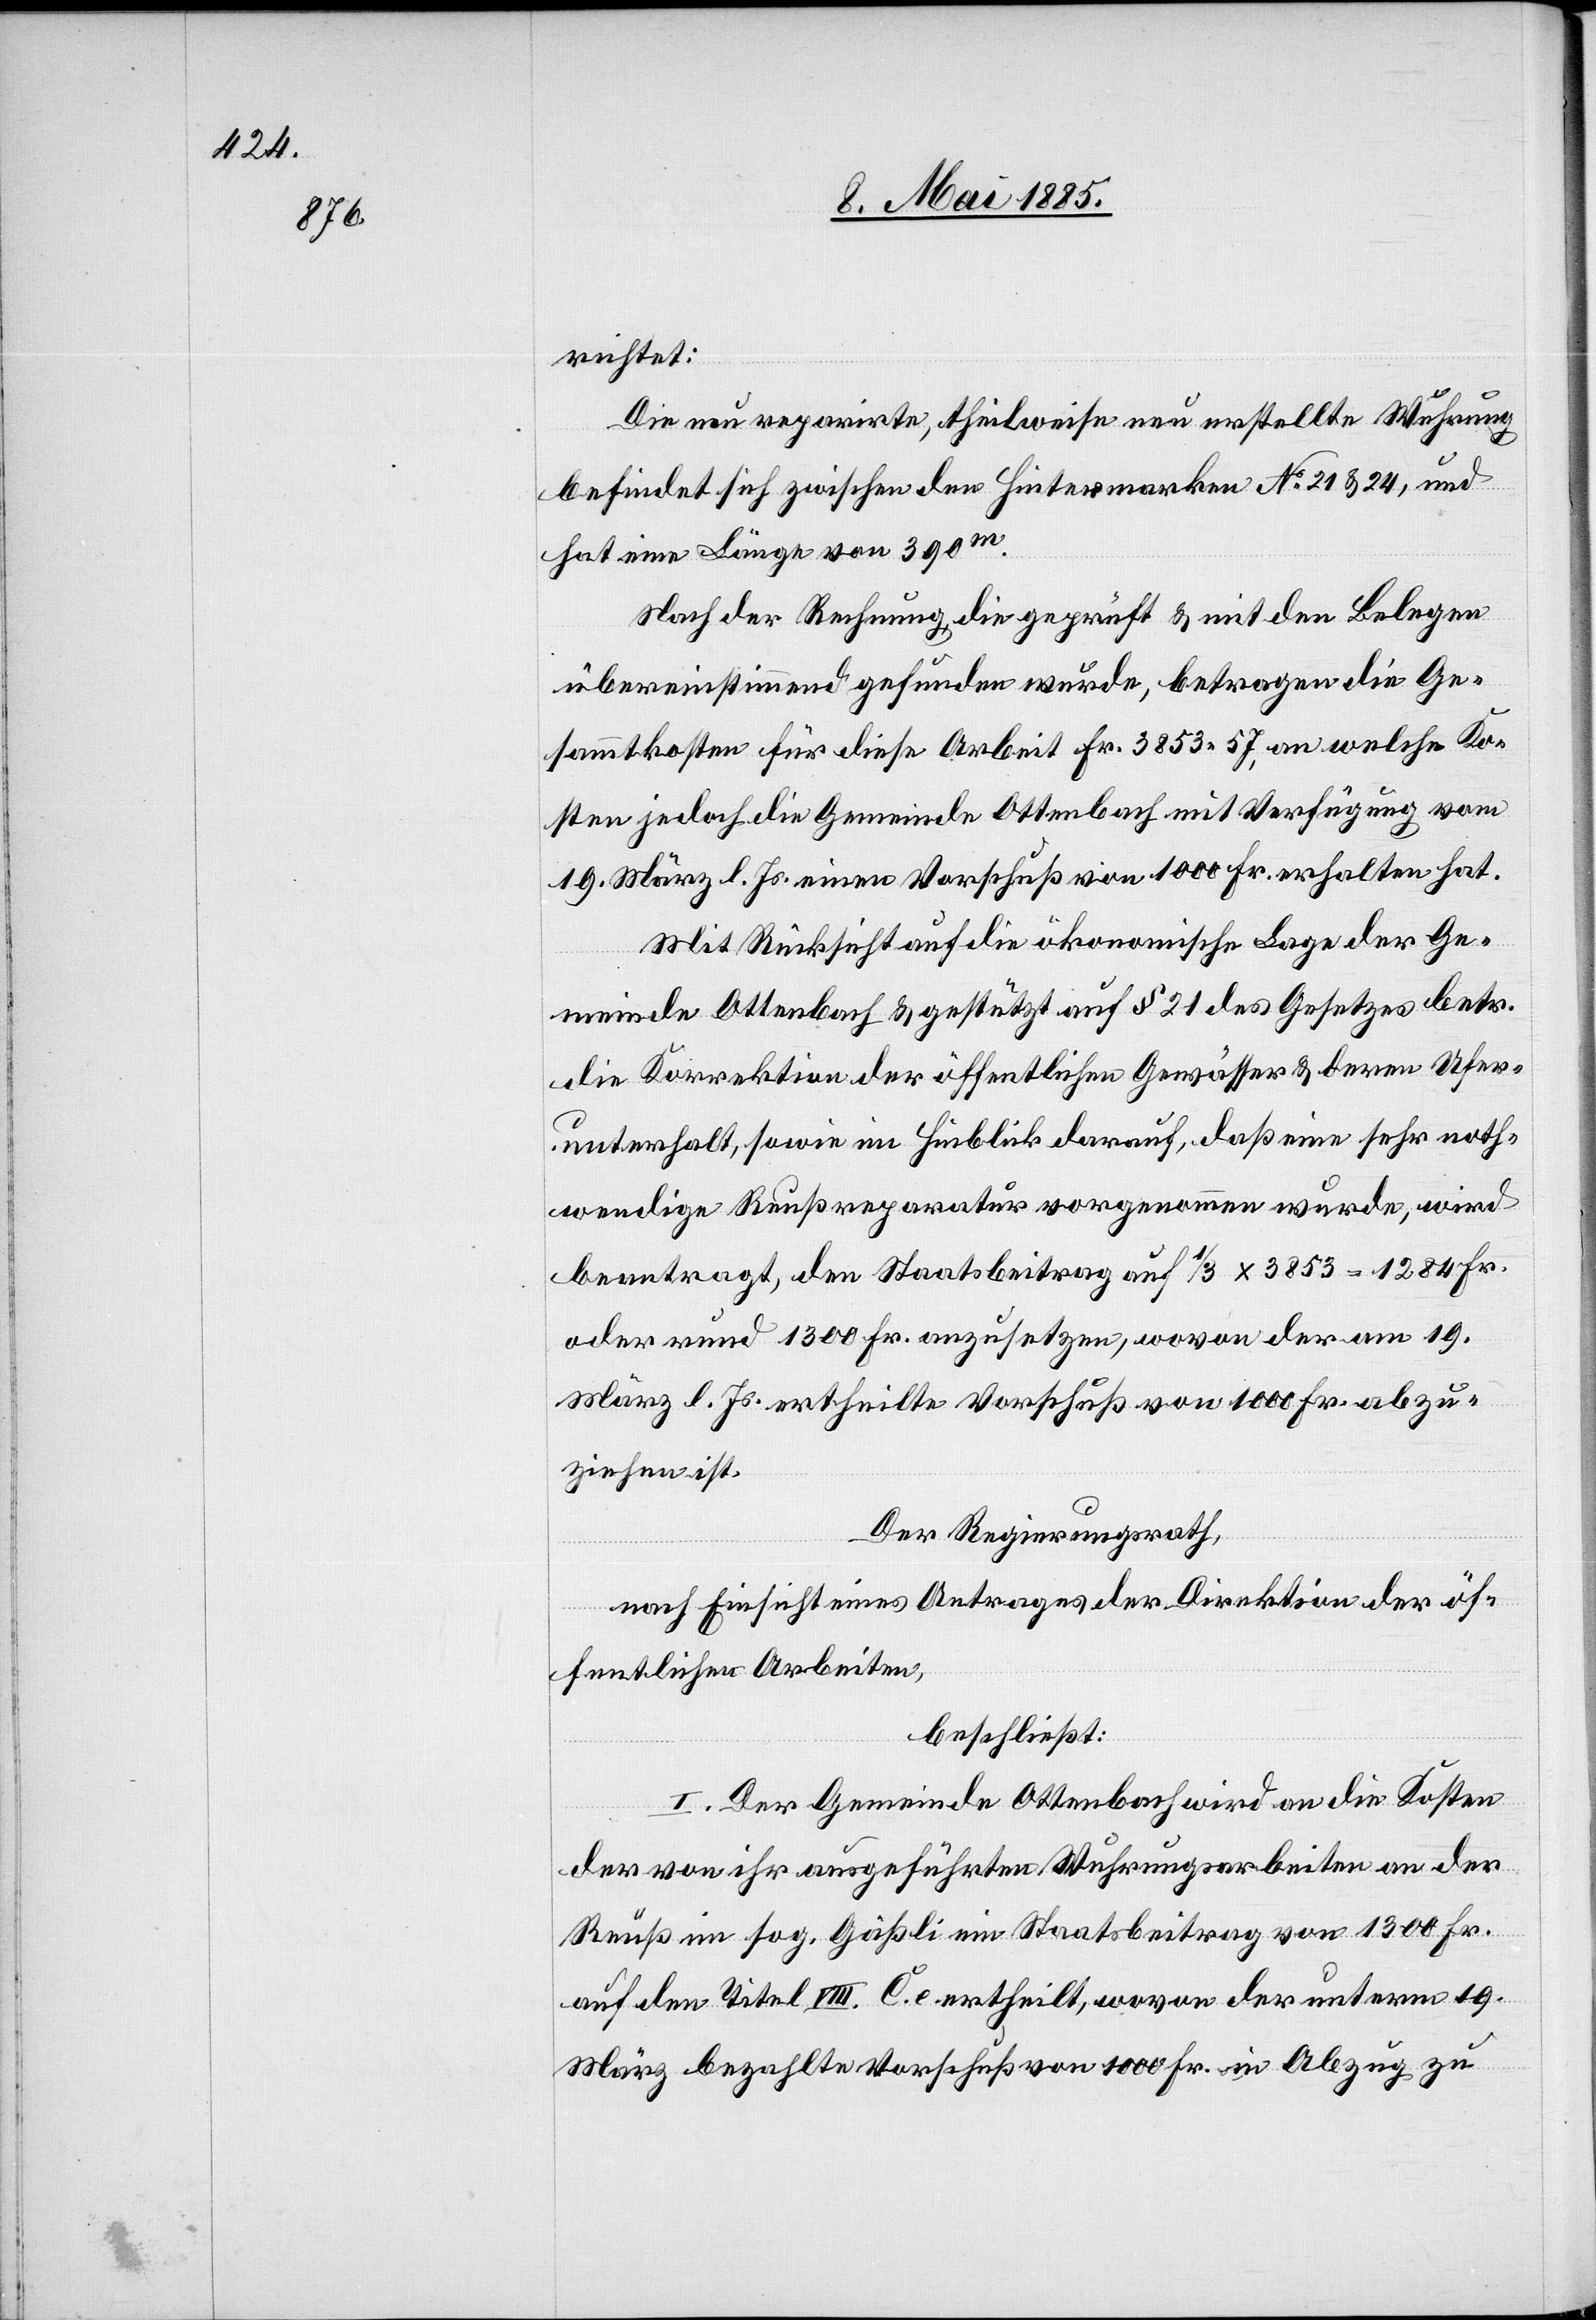
richtet:
Die neu reparirte, theilweise neu erstellte Wuhrung
befindet sich zwischen den Hintermarken No 21 & 24, und
hat eine Länge von 390 m.
Nach der Rechnung die geprüft & mit den Belegen
übereinstimmend gefunden wurde, betragen de Ge¬
sammtkosten für diese Arbeit Fr. 3853 57, an welche Ko¬
sten jedoch die Gemeinde Ottenbach mit Verfügung vom
19. März l. Js. einen Vorschuß von 1000 Fr. erhalten hat.
Mit Rücksicht auf die ökonomische Lage der Ge¬
meinde Ottenbach & gestützt auf § 21 des Gesetzes betr.
die Korrektion der öffentlichen Gewässer & deren Ufer¬
unterhalt, sowie im Hinblick darauf, daß eine sehr noth¬
wendige Reußreparatur vorgenommen wurde, wird
beantragt, den Staatsbeitrag auf 1/3 x 3853 = 1284 Fr.
oder rund 1300 Fr. anzusetzen, wovon der am 19.
März l. Js. ertheilte Vorschuß von 1000 Fr. abzu¬
ziehen ist.
Der Regierungsrath,
nach Einsicht eines Antrages der Direktion der öf¬
fentlichen Arbeiten,
beschließt:
I. Der Gemeinde Ottenbach wird an die Kosten
der von ihr ausgeführten Wuhrungsarbeiten an der
Reuß im sog. Gäßli ein Staatsbeitrag von 1300 Fr.
auf den Titel VIII. C. e ertheilt, wovon der unterm 19.
März bezahlte Vorschuß von 1000 Fr. in Abzug zu